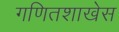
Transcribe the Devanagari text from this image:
गणितशाखेस